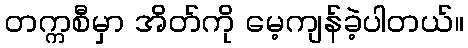
တက္ကစီမှာ အိတ်ကို မေ့ကျန်ခဲ့ပါတယ်။